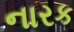
નારક